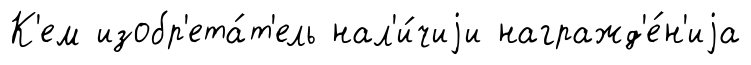
К'ем изобр'ета́т'ель нал'и́чиjи награжд'е́н'иjа